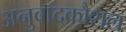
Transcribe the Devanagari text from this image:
अनुवादकौशल